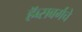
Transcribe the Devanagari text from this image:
हॅब्सबर्गचे